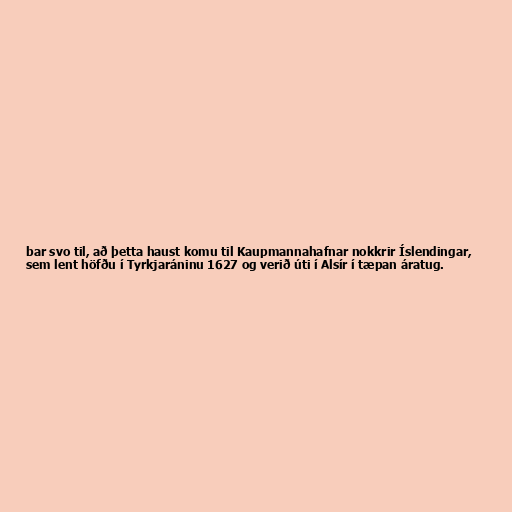
bar svo til, að þetta haust komu til Kaupmannahafnar nokkrir Íslendingar,
sem lent höfðu í Tyrkjaráninu 1627 og verið úti í Alsír í tæpan áratug.